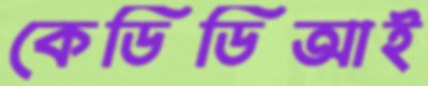
কেডিডিআই